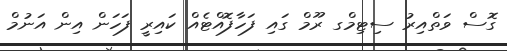
ގޮސް ވަތްއިރު ސިޓިމްގ ރޫމް ގައި ފަހާފޮއްޓެއް ކައިރީ ފަހަން އިން އަނުމް